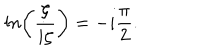
l n \biggl ( { \frac { \zeta } { i \zeta } } \biggr ) = - i { \frac { \pi } { 2 } } .